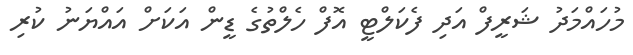
މުހައްމަދު ޝަރީފް އަދި ފެކަލްޓީ އޮފް ހެލްތުގެ ޑީން އަކަށް އައްޔަނު ކުރި